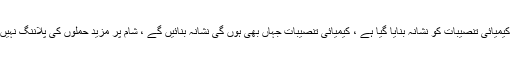
امریکی وزیر دفاع جیمز میٹس نے کہا ہے کہ شام پر حملوں میں کیمیائی تنصیبات کو نشانہ بنایا گیا ہے ، کیمیائی تنصیبات جہاں بھی ہوں گی نشانہ بنائیں گے ، شام پر مزید حملوں کی پلاننگ نہیں ، مستقبل میں حملوں کا تعلق صدر بشارالاسد کے رویے پر ہوگا۔